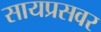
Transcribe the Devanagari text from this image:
सायप्रसवर